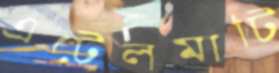
এঁটেলমাটি